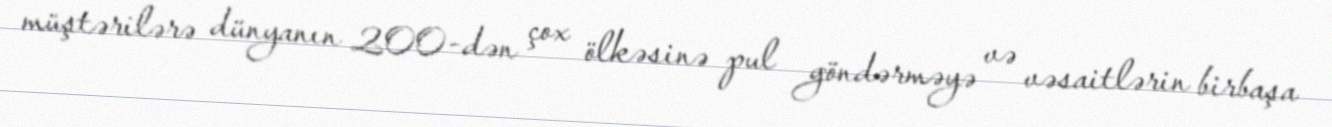
müştərilərə dünyanın 200-dən çox ölkəsinə pul göndərməyə və vəsaitlərin birbaşa